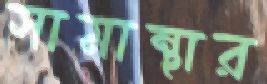
সামান্থার